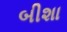
બીશા